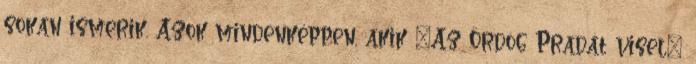
sokan ismerik. Azok mindenképpen, akik „Az Ördög Pradát visel”